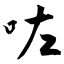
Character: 咗